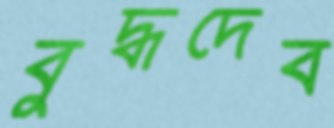
বুদ্ধদেব